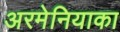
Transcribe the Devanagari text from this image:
अरमेनियाका